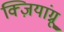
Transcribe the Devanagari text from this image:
क्ज़ियांग्नू